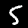
Digit: 5